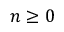
n \geq 0